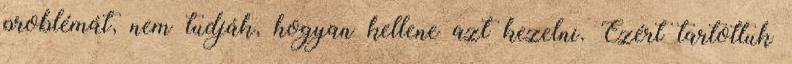
problémát, nem tudják, hogyan kellene azt kezelni. Ezért tartottuk